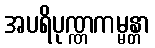
အပရိပုဏ္ဏကမ္မန္တာ